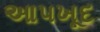
આપખૂદ